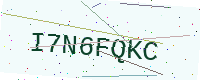
Text: I7N6FQKC